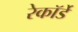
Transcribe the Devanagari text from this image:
रेकॉर्डे